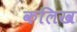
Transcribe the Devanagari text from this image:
कलिख